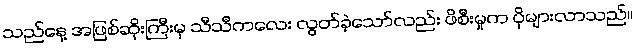
သည်နေ့ အဖြစ်ဆိုးကြီးမှ သီသီကလေး လွတ်ခဲ့သော်လည်း ဖိစီးမှုက ပိုများလာသည်။